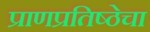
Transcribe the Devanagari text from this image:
प्राणप्रतिष्ठेचा